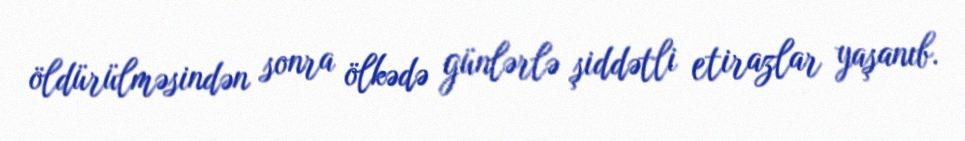
öldürülməsindən sonra ölkədə günlərlə şiddətli etirazlar yaşanıb.